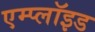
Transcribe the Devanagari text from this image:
एम्प्लॉइड